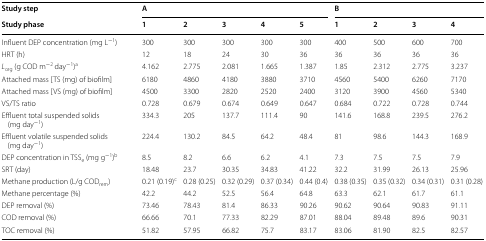
<table><thead><tr><td><b>Study step</b></td><td colspan="5"><b>A</b></td><td colspan="4"><b>B</b></td></tr><tr><td><b>Study phase</b></td><td><b>1</b></td><td><b>2</b></td><td><b>3</b></td><td><b>4</b></td><td><b>5</b></td><td><b>1</b></td><td><b>2</b></td><td><b>3</b></td><td><b>4</b></td></tr></thead><tbody><tr><td>Influent DEP concentration (mg L<sup>−1</sup>)</td><td>300</td><td>300</td><td>300</td><td>300</td><td>300</td><td>400</td><td>500</td><td>600</td><td>700</td></tr><tr><td>HRT (h)</td><td>12</td><td>18</td><td>24</td><td>30</td><td>36</td><td>36</td><td>36</td><td>36</td><td>36</td></tr><tr><td><i>L</i><sub>org</sub> (g COD m<sup>−2</sup> day<sup>−1</sup>)<sup>a</sup></td><td>4.162</td><td>2.775</td><td>2.081</td><td>1.665</td><td>1.387</td><td>1.85</td><td>2.312</td><td>2.775</td><td>3.237</td></tr><tr><td>Attached mass [TS (mg) of biofilm]</td><td>6180</td><td>4860</td><td>4180</td><td>3880</td><td>3710</td><td>4560</td><td>5400</td><td>6260</td><td>7170</td></tr><tr><td>Attached mass [VS (mg) of biofilm]</td><td>4500</td><td>3300</td><td>2820</td><td>2520</td><td>2400</td><td>3120</td><td>3900</td><td>4560</td><td>5340</td></tr><tr><td>VS/TS ratio</td><td>0.728</td><td>0.679</td><td>0.674</td><td>0.649</td><td>0.647</td><td>0.684</td><td>0.722</td><td>0.728</td><td>0.744</td></tr><tr><td>Effluent total suspended solids (mg day<sup>−1</sup>)</td><td>334.3</td><td>205</td><td>137.7</td><td>111.4</td><td>90</td><td>141.6</td><td>168.8</td><td>239.5</td><td>276.2</td></tr><tr><td>Effluent volatile suspended solids (mg day<sup>−1</sup>)</td><td>224.4</td><td>130.2</td><td>84.5</td><td>64.2</td><td>48.4</td><td>81</td><td>98.6</td><td>144.3</td><td>168.9</td></tr><tr><td>DEP concentration in TSS<sub>e</sub> (mg g<sup>−1</sup>)<sup>b</sup></td><td>8.5</td><td>8.2</td><td>6.6</td><td>6.2</td><td>4.1</td><td>7.3</td><td>7.5</td><td>7.5</td><td>7.9</td></tr><tr><td>SRT (day)</td><td>18.48</td><td>23.7</td><td>30.35</td><td>34.83</td><td>41.22</td><td>32.2</td><td>31.99</td><td>26.13</td><td>25.96</td></tr><tr><td>Methane production (L/g COD<sub>rem</sub>)</td><td>0.21 (0.19)<sup>c</sup></td><td>0.28 (0.25)</td><td>0.32 (0.29)</td><td>0.37 (0.34)</td><td>0.44 (0.4)</td><td>0.38 (0.35)</td><td>0.35 (0.32)</td><td>0.34 (0.31)</td><td>0.31 (0.28)</td></tr><tr><td>Methane percentage (%)</td><td>42.2</td><td>44.2</td><td>52.5</td><td>56.4</td><td>64.8</td><td>63.3</td><td>62.1</td><td>61.7</td><td>61.1</td></tr><tr><td>DEP removal (%)</td><td>73.46</td><td>78.43</td><td>81.4</td><td>86.33</td><td>90.26</td><td>90.62</td><td>90.64</td><td>90.83</td><td>91.11</td></tr><tr><td>COD removal (%)</td><td>66.66</td><td>70.1</td><td>77.33</td><td>82.29</td><td>87.01</td><td>88.04</td><td>89.48</td><td>89.6</td><td>90.31</td></tr><tr><td>TOC removal (%)</td><td>51.82</td><td>57.95</td><td>66.82</td><td>75.7</td><td>83.17</td><td>83.06</td><td>81.90</td><td>82.5</td><td>82.57</td></tr></tbody></table>